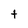
Character: t